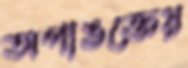
অপাঙক্তেয়